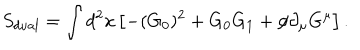
LaTeX: S _ { d u a l } = \int d ^ { 2 } x \left[ - ( G _ { 0 } ) ^ { 2 } + G _ { 0 } G _ { 1 } + { \phi } { \partial } _ { \mu } G ^ { \mu } \right] .